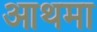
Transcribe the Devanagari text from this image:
आथमा